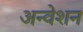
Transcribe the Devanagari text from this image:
अन्वेशन